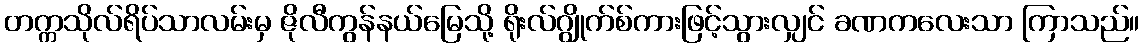
တက္ကသိုလ်ရိပ်သာလမ်းမှ ဇိုလီကွန်နယ်မြေသို့ ရိုးလ်ဂျွိုက်စ်ကားဖြင့်သွားလျှင် ခဏကလေးသာ ကြာသည်။